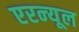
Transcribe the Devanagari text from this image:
एरन्‍यूल